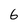
Character: 6